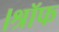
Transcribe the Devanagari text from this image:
।श्रॉफ